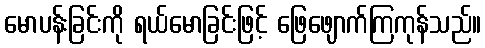
မောပန်းခြင်းကို ရယ်မောခြင်းဖြင့် ဖြေဖျောက်ကြကုန်သည်။